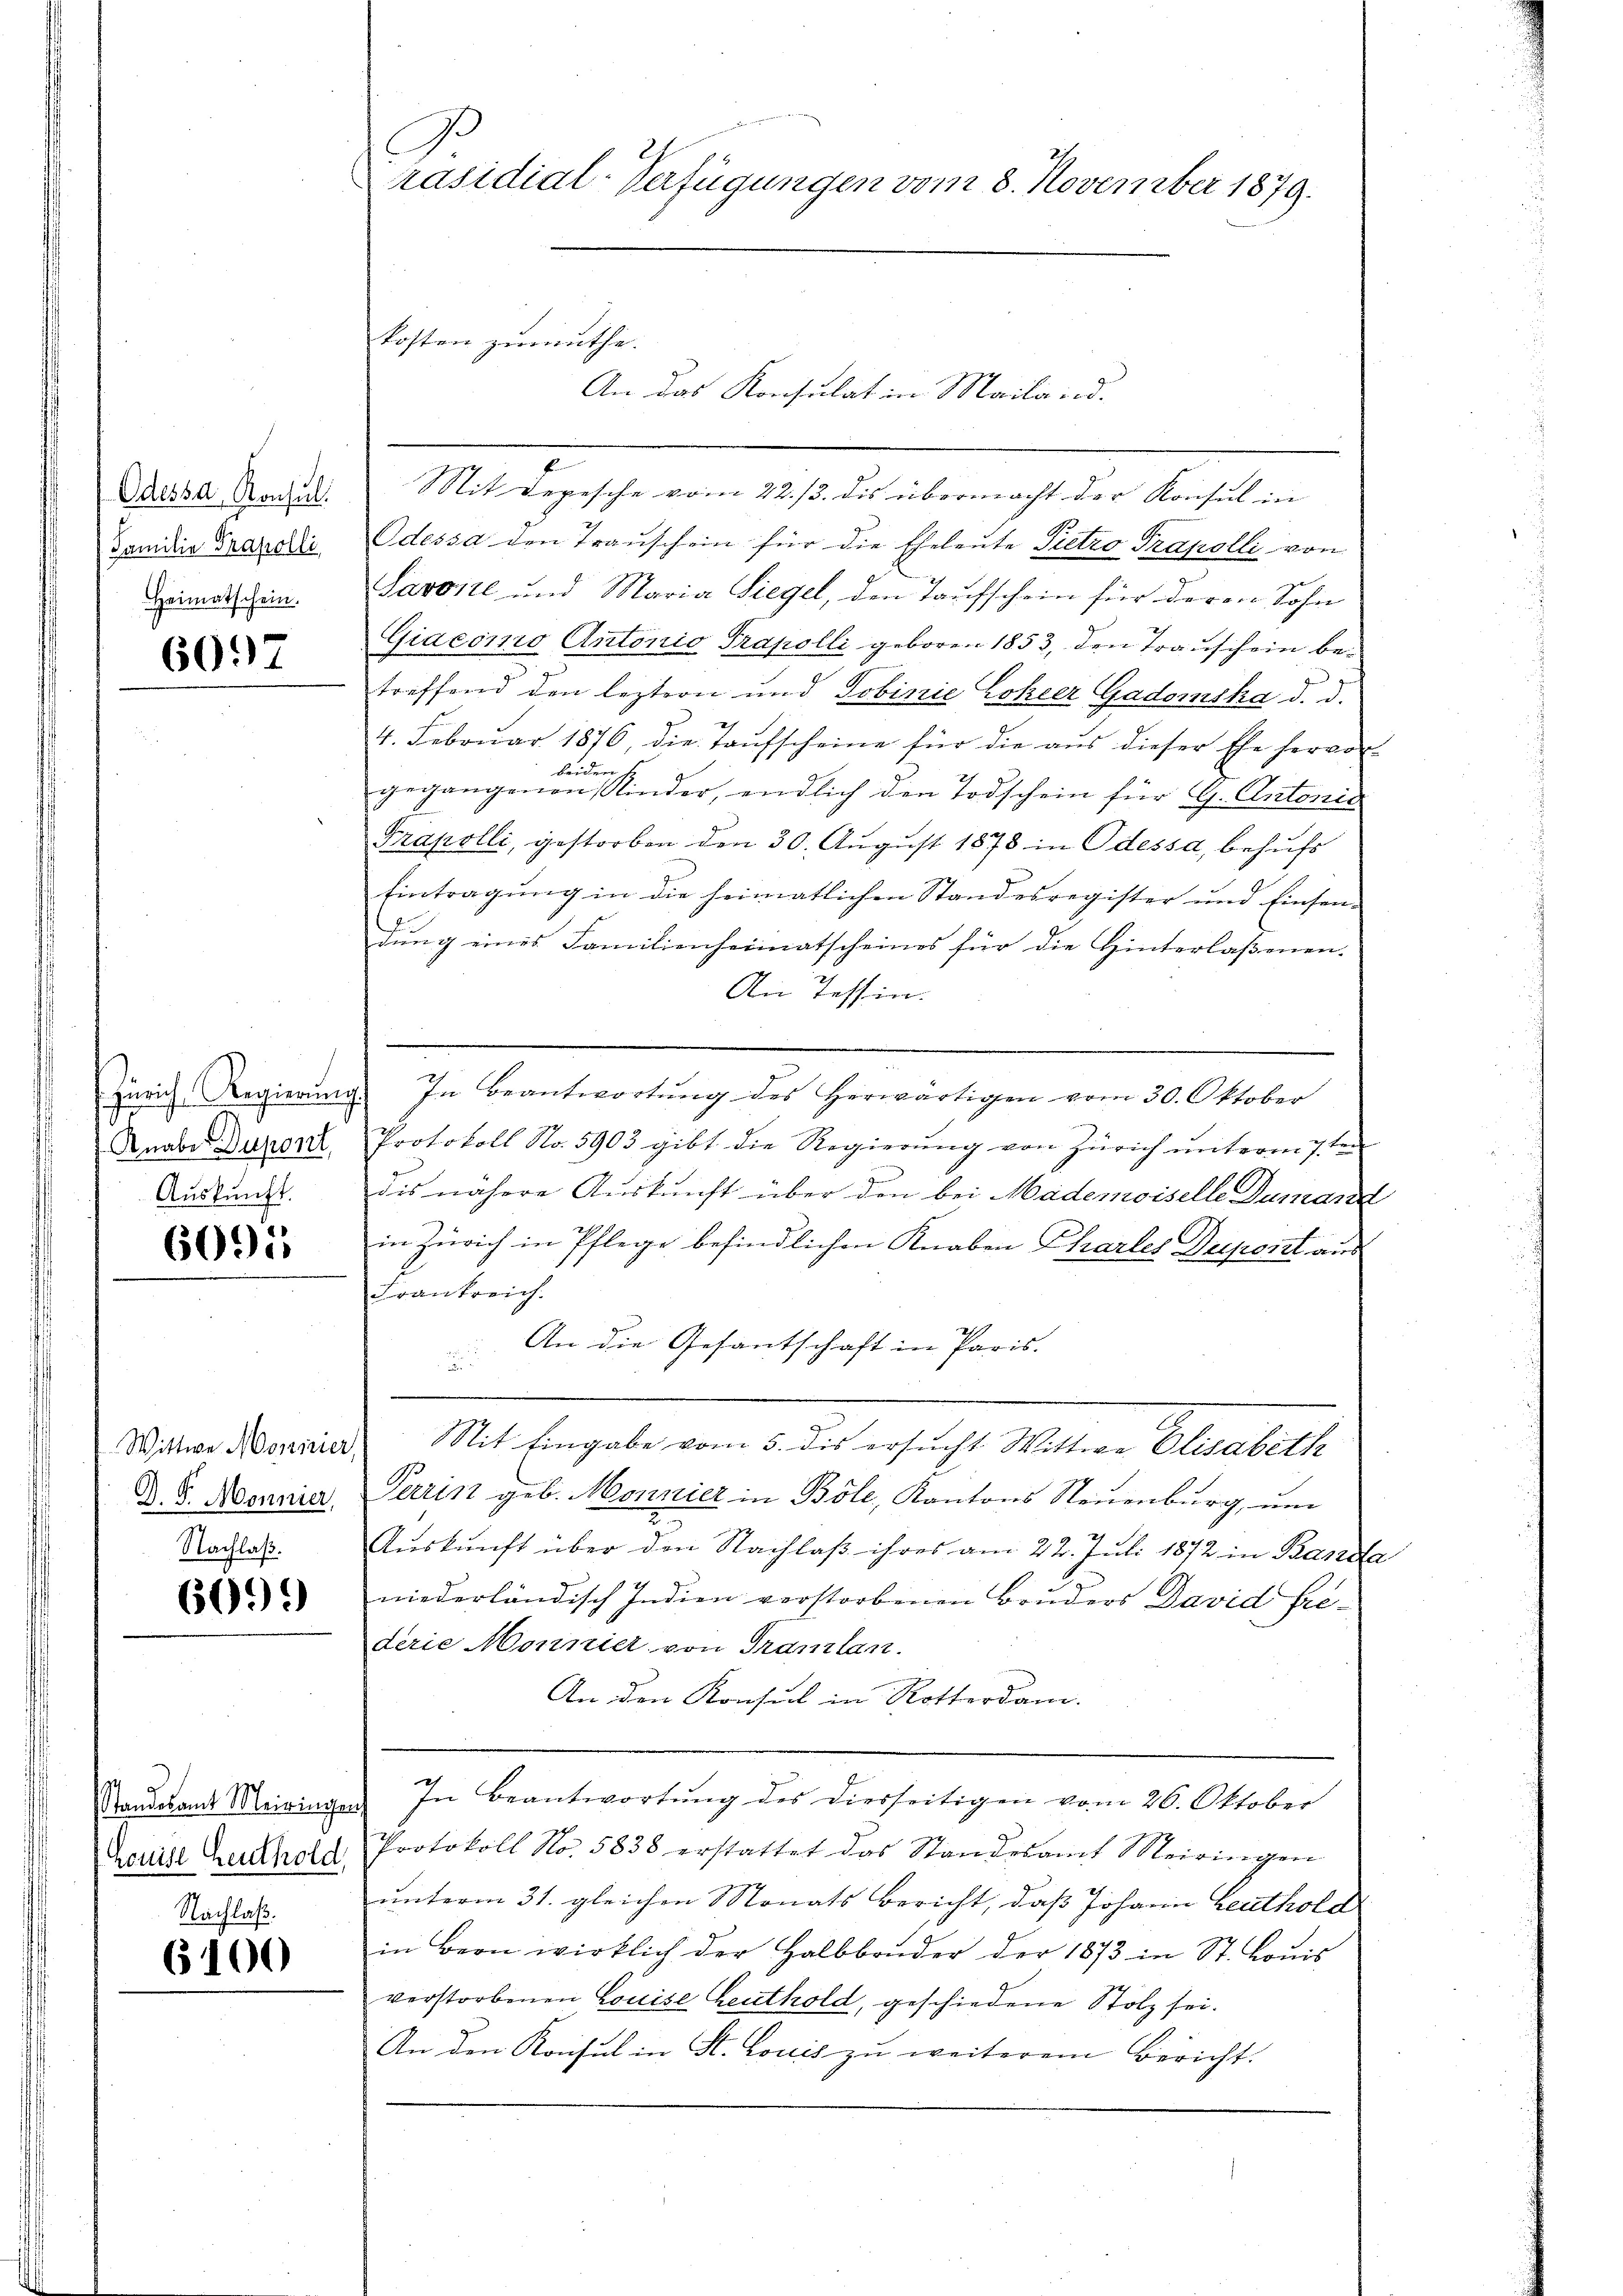
Odessa, Konsult
Familie Prakolli
Heimatschein.

6097

Knaber Dupont,
Auskunft.

6095

Wittwe Moszirier,
D. P. Monnier,
Nachlaß.

6099)

Nachlaß.
6100

Mit Depesche vom 22./3. dis übermacht der Konsul in
Odessa den Trauschein für die Eheleute Pietro Trapolli von
Savonie und Maria Siegel, den Taufschein für deren Sohn
Giaconio Antonio Trapolli geboren 1853, den Trauschein betreffend den leztern und Tobinie Loheer Gadowska d. d.
4. Febrŭar 1876, die Taŭfscheine für die aŭs dieser Ehe hervor
beiden.
gegangenen Kinder, endlich den Todschein für G. Antonie
Frapolli, gestorben den 30. August 1878 in Odessa, behufs
Eintragŭng in die heimatlichen Standesregister und Einsen-
dung eines Familienheimatscheines für die Hinterlaßenen.
An Tessin.
Zürich Regierŭng. In Beantwortŭng des herwärtigen vom 30. Oktober

Protokoll No. 5903 gibt die Regierung von Zürich unterm 7ten
dis nähere Auskunft über den bei Madenwiselle Duman
in Zürich in Pflege befindlichen Knaben Chartes Depont aus
Frankreich.
An die Gesantschaft in Paris.
.
Sit Eingabe vom 5. dis ersucht Wittwe Elisabeth
Parist geb. Monnier in Böle, Kantons Neuenburg, um
Aŭskŭnft über den Nachlaβ ihres am 22. Juli 1872 in Banda
niederländisch Indien verstorbenen Bruders David Friederie Monnier von Tramlan
An den Konsul in Rotterdam.
Standesandt Meiringen. In Beantwortŭng des Dierseitigen vom 26. Oktober
Louise Gutthalt Protokoll No. 5838 erstattet das Standesamt Meiringen
unterm 31. gleichen Monats Bericht, daß Johann Leuthold
in Bern wirklich der Halbbrüder der 1873 in St. Louis
verstorbenen Louise Leuthold, geschiedene Stolz sei.
An den Konsul in St. Louis zu weiterem Bericht.

Präsidial-Verfügungen vom 8. November 1879.

kosten zumuthe.
An das Konsulat in Mailand.